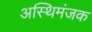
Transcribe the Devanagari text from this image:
अस्थिमंजक